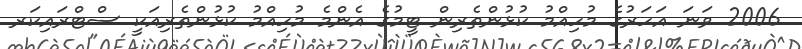
2006 ވަނަ އަހަރުގެ މުހިއްމު ކުޅުންތެރިން ޓީމުގެ އެންމެ މުހިއްމު ކުޅުންތެރިއަކީ ސްޓްރައިކަރ